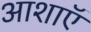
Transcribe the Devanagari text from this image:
आशाऍ